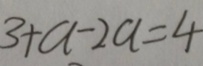
3 + a - 2 a = 4